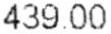
439.00